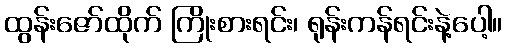
ထွန်းဇော်ထိုက် ကြိုးစားရင်း၊ ရုန်းကန်ရင်းနဲ့ပေါ့။